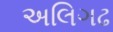
અલિગઢ